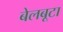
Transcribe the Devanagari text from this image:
बेलबूटा